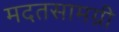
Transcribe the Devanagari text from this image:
मदतसामग्री